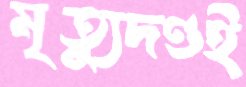
মৃত্যুদণ্ডই